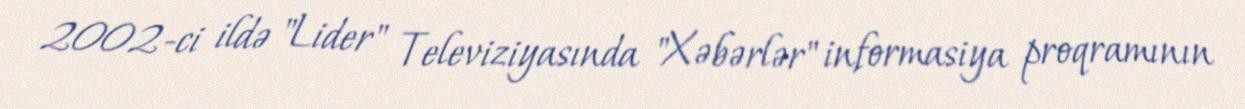
2002-ci ildə "Lider" Televiziyasında "Xəbərlər" informasiya proqramının